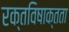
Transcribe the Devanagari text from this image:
रक्तविषाक्तता